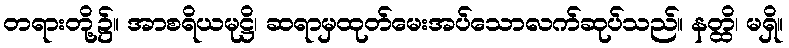
တရားတို့၌။ အာစရိယမုဋ္ဌိ၊ ဆရာမှထုတ်မေးအပ်သောလက်ဆုပ်သည်။ နတ္ထိ၊ မရှိ။